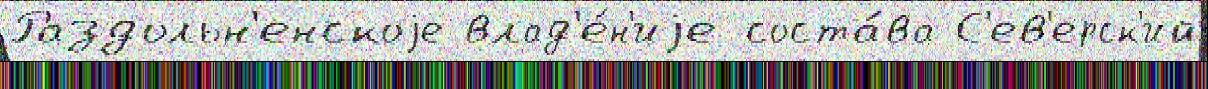
Раздольн'енскоjе влад'е́н'иjе соста́ва С'ев'ерск'ий